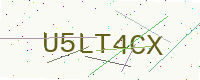
Text: U5LT4CX